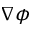
\nabla \phi